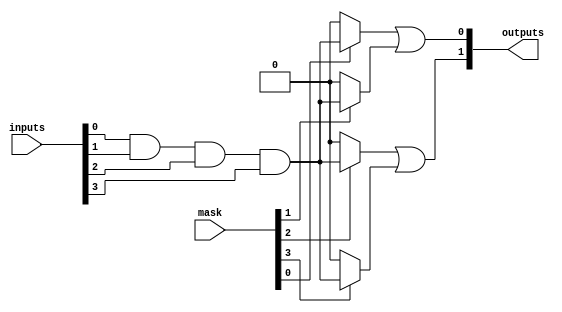
module MaskedPAL #(
    parameter INPUT_WIDTH = 4,  // Number of input lines
    parameter AND_TERMS = 4,     // Number of AND gates
    parameter OR_TERMS = 2        // Number of OR gates
)(
    input [INPUT_WIDTH-1:0] inputs,  // Input signals
    input [AND_TERMS-1:0] mask,       // Mask for AND gates (1 = connect, 0 = disconnect)
    output [OR_TERMS-1:0] outputs      // Output signals
);

// Intermediate product terms
wire [AND_TERMS-1:0] product_terms;

// AND array implementation
genvar i;
generate
    for (i = 0; i < AND_TERMS; i = i + 1) begin : and_array
        // Each AND gate is controlled by the mask
        assign product_terms[i] = mask[i] ? (inputs[0] & inputs[1] & inputs[2] & inputs[3]) : 1'b0;
    end
endgenerate

// OR array implementation (fixed)
assign outputs[0] = product_terms[0] | product_terms[1];  // Example OR logic
assign outputs[1] = product_terms[2] | product_terms[3];  // Example OR logic

endmodule